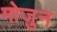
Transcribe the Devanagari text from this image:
मोजुन